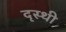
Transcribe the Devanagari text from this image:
दृस्थी